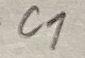
Text: C1